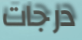
درجات